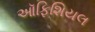
ઑફિશિયલ